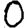
Digit: 0